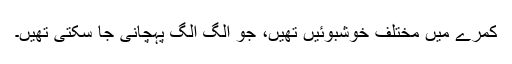
کمرے میں مختلف خوشبوئیں تھیں، جو الگ الگ پہچانی جا سکتی تھیں۔